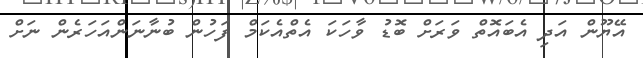
އޭޔޫން އަދި އެބައޮތް ވަރަށް ބޮޑު ވާހަކަ އެތްއެކަމް ފަހުން ބުނާނަންއަހަރެން ނަށް